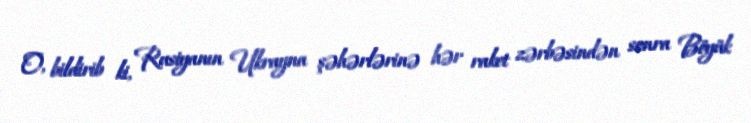
O, bildirib ki, Rusiyanın Ukrayna şəhərlərinə hər raket zərbəsindən sonra Böyük